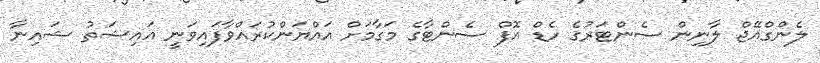
ލެންގްއޭޖް ލާނިން ސެންޓަރުގެ ހެޑް އޮފް ސެންޓާގެ މަގާމަށް އައްޔަންކުރައްވާފައިވަނީ އައިޝަތު ޝައިނާ